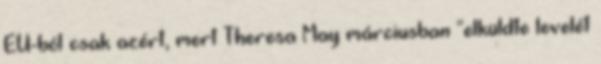
EU-ból csak azért, mert Theresa May márciusban "elküldte levelét